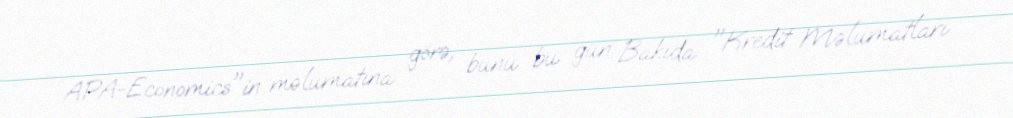
APA-Economics"in məlumatına görə, bunu bu gün Bakıda "Kredit Məlumatları